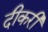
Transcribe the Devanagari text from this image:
दीकरी